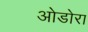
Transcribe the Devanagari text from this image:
ओडोरा